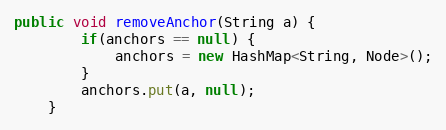
Language: Java
public void removeAnchor(String a) {
        if(anchors == null) {
            anchors = new HashMap<String, Node>();
        }
        anchors.put(a, null);
    }